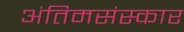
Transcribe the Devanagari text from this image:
अंतिमसंस्कार